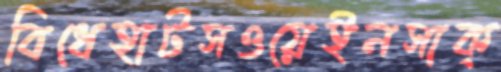
বিধেহাটসওয়েইনসাক্